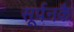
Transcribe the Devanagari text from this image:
सूर्पनकै